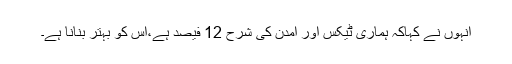
انہوں نے کہاکہ ہماری ٹیکس اور آمدن کی شرح 12 فیصد ہے،اس کو بہتر بنانا ہے۔